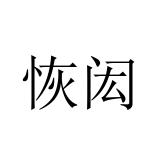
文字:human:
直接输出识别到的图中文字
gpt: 恢闳